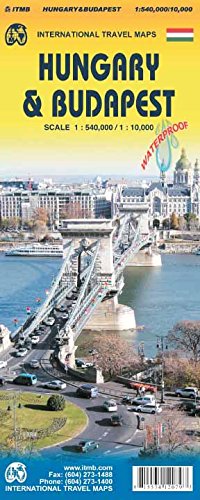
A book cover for Hungary & Budapest Travel Reference Map 1:540,000/10,000; ITMB Publishing LTD; Travel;